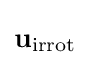
\mathbf {u} _{\text{irrot}}